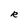
Character: R